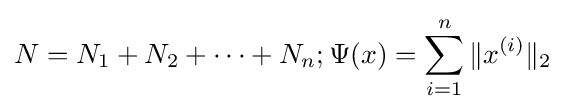
N=N_{1}+N_{2}+\dots +N_{n};\Psi (x)=\sum _{i=1}^{n}\|x^{(i)}\|_{2}